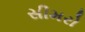
સીમરો